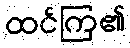
ထင်ကြ၏